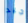
جيد